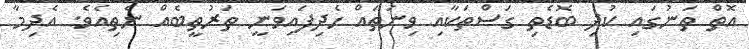
އޮތް ތަނުގައި ކުދި ބޮޑެތި ގަސްތަކާއި ވިނަތައް ހެދިފައިވަނީ ތަރުތީބެއް ނެތިއެވެ. އެދިމާ